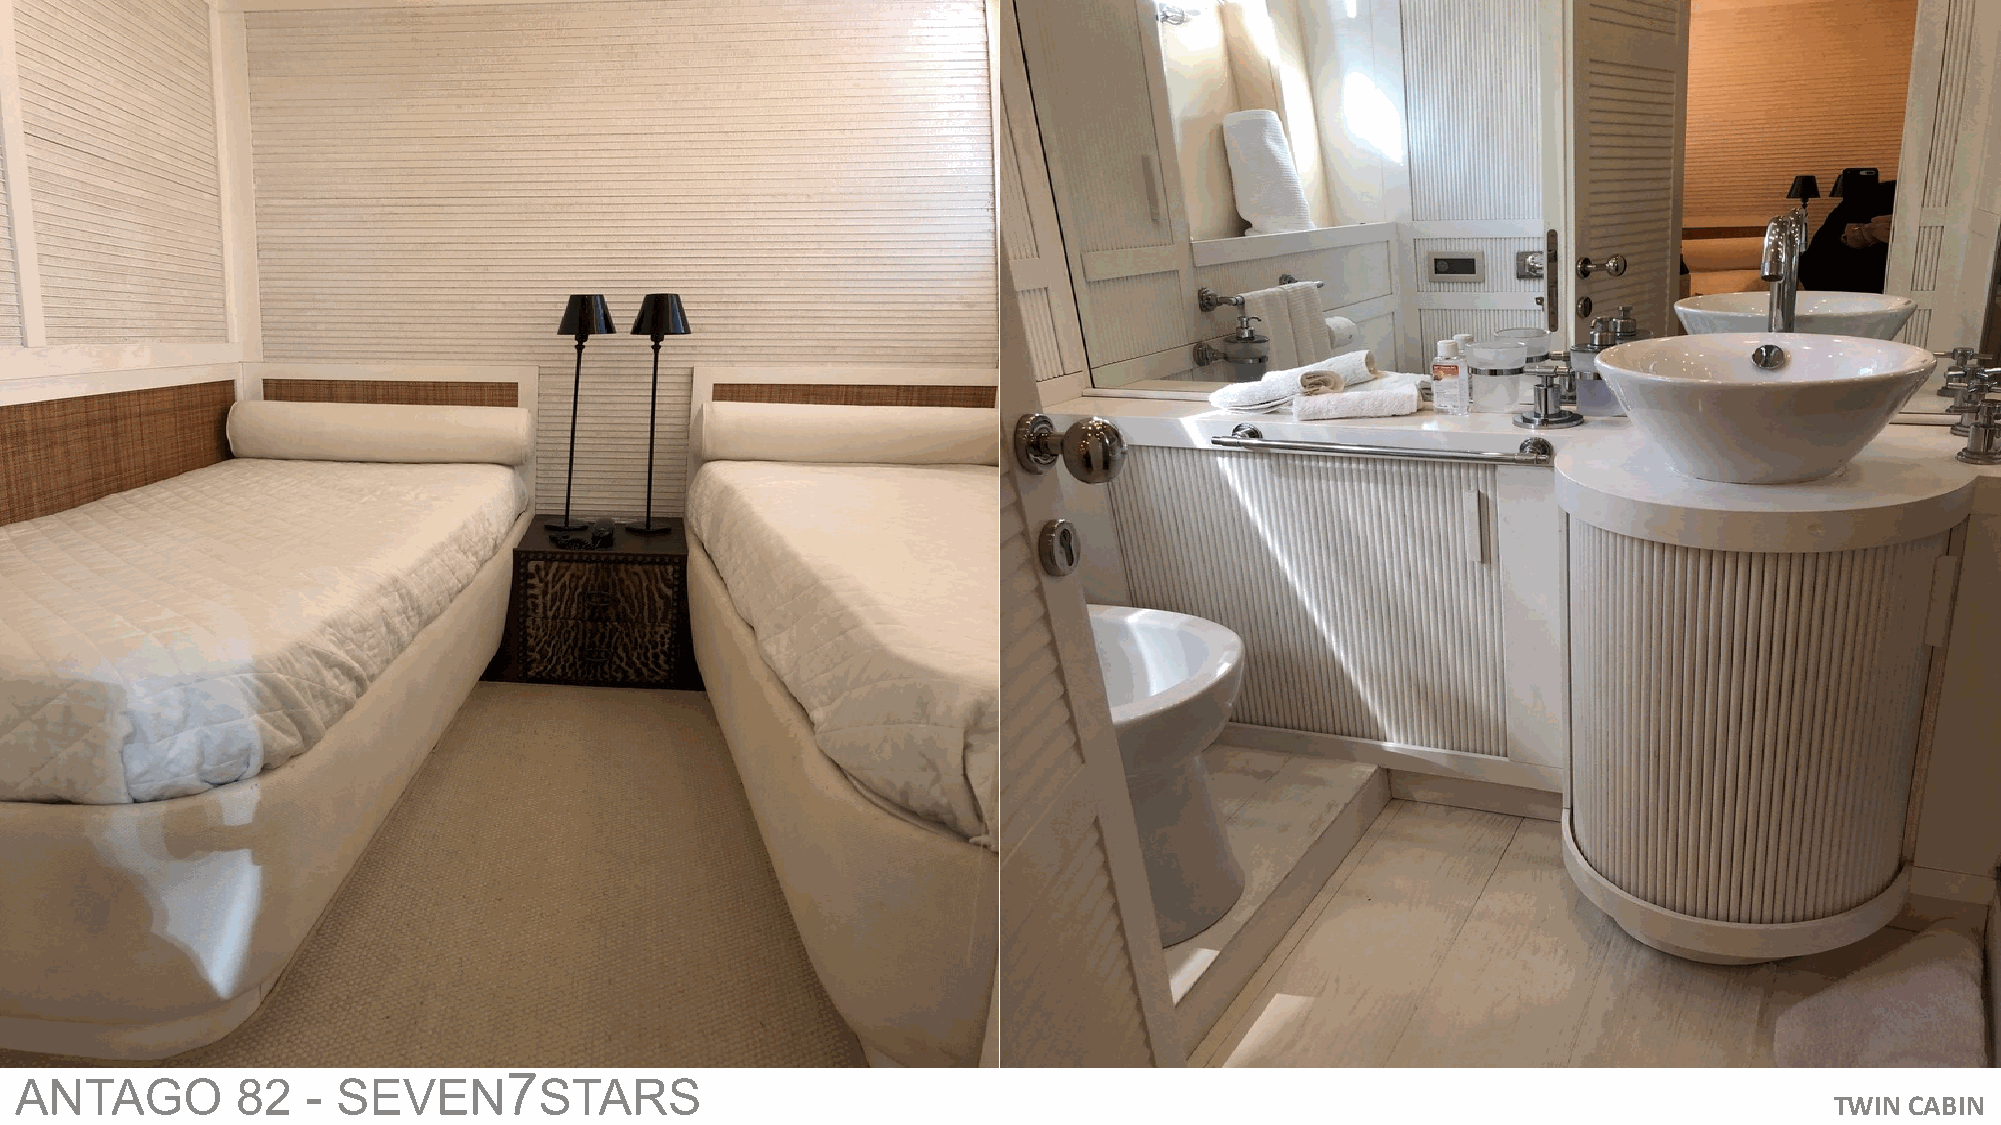
7
 ANTAGO         82  - SEVEN         STARS
 TWIN CABIN